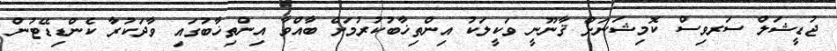
ޖުޑީޝަލް ސަރވިސް ކޮމިޝަނަށް ޤާނޫނީ ވަކީލަކު އިންތިޚާބުކުރުމަށް ބާއްވާ އިންތިޚާބުގައި ވާދަކުރާ ކެންޑިޑޭޓުން